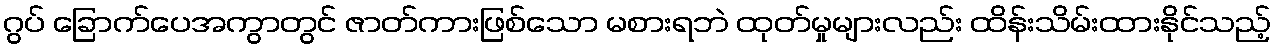
ဂွပ် ခြောက်ပေအကွာတွင် ဇာတ်ကားဖြစ်သော မစားရဘဲ ထုတ်မှုများလည်း ထိန်းသိမ်းထားနိုင်သည့်